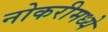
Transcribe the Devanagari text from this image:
नोकरीमध्ये